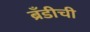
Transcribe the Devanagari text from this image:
ब्रँडीची